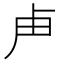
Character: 𭅰